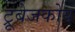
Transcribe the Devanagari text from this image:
ट्रूबेजकोय